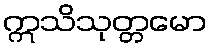
ဣသိသုတ္တမော